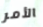
الأمر